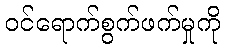
ဝင်ရောက်စွက်ဖက်မှုကို